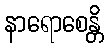
နာရောစေန္တိ